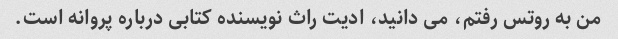
من به روتس رفتم، می دانید، ادیت راث نویسنده کتابی درباره پروانه است.